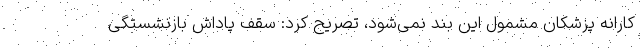
کارانه پزشکان مشمول این بند نمی‌شود، تصریح کرد: سقف پاداش بازنشستگی